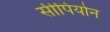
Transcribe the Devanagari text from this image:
सीपियोन